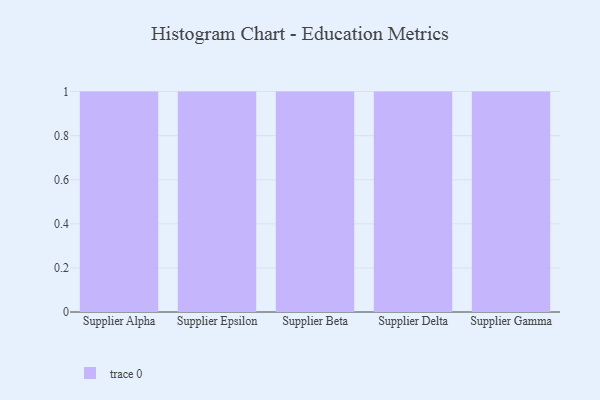
{"axis": {"x": "Supplier", "y": "Inventory Turnover"}, "legend": [""], "data": [{"x": "Supplier Alpha", "y": 83, "type": ""}, {"x": "Supplier Epsilon", "y": 36, "type": ""}, {"x": "Supplier Beta", "y": 81, "type": ""}, {"x": "Supplier Delta", "y": 22, "type": ""}, {"x": "Supplier Gamma", "y": 24, "type": ""}]}